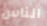
الناس